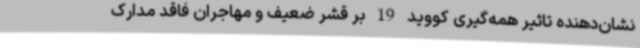
نشان‌دهنده تاثیر همه‌گیری کووید 19 بر قشر ضعیف و مهاجران فاقد مدارک